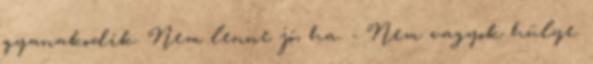
gyanakodik. Nem lenne jó, ha. - Nem vagyok hülye.